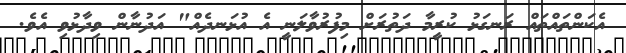
އެކަންތައްތައް ރަނގަޅު ކުރީމާ ދަތުރަށް މިފުރުވާލަނީ އެ އުޅަނދެއް" އަދުނާން ވިދާޅުވި އެވެ.